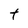
Character: t